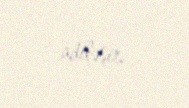
adiləşir.